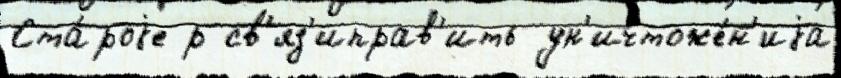
Ста́роjе р св'яз'иправ'ить ун'ичтоже́н'иjа